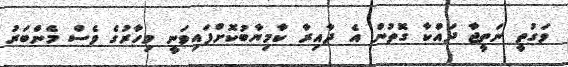
ވަގުތީ ނަތީޖާ ދައްކާ ގޮތުން އެ ދާއިރާ ކާމިޔާބުކޮށްފައިވަނީ މިހާރުގެ ވެސް މެންބަރު